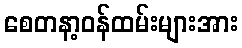
စေတနာ့ဝန်ထမ်းများအား